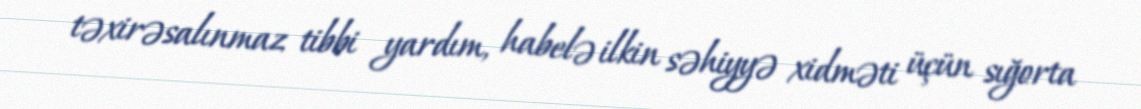
təxirəsalınmaz tibbi yardım, habelə ilkin səhiyyə xidməti üçün sığorta